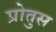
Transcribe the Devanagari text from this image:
प्रोतुस